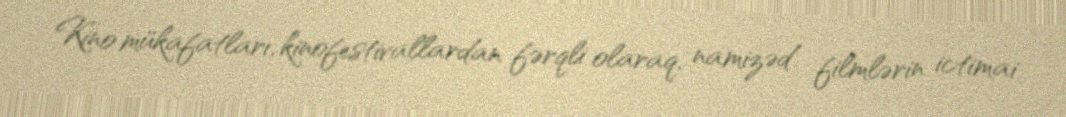
Kino mükafatları, kinofestivallardan fərqli olaraq, namizəd filmlərin ictimai